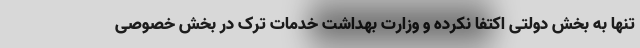
تنها به بخش دولتی اکتفا نکرده و وزارت بهداشت خدمات ترک در بخش خصوصی